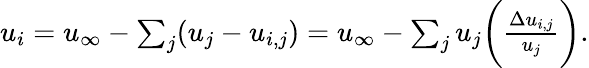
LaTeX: \begin{array}{r}{u_{i}=u_{\infty}-\sum_{j}(u_{j}-u_{i,j})=u_{\infty}-\sum_{j}u_{j}\bigg(\frac{\Delta u_{i,j}}{u_{j}}\bigg).}\end{array}